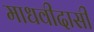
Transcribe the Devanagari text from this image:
माधवीदासी